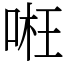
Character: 𠶖